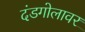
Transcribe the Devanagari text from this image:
दंडगोलावर